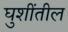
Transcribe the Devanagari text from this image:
घुशींतील